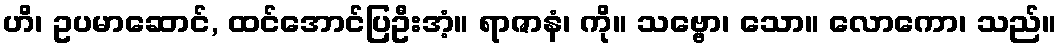
ဟိ၊ ဥပမာဆောင်, ထင်အောင်ပြဦးအံ့။ ရာဇာနံ၊ ကို။ သဗ္ဗော၊ သော။ လောကော၊ သည်။